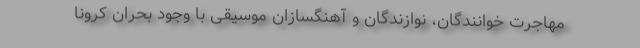
مهاجرت خوانندگان، نوازندگان و آهنگسازان موسیقی با وجود بحران کرونا